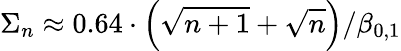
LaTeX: \Sigma_{n}\approx 0.64\cdot\left(\sqrt{n+1}+\sqrt{n}\right)/\beta_{0,1}